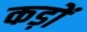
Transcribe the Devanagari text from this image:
कड़ों